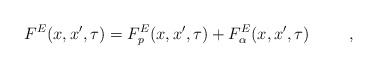
\begin{align*}F^E (x, x^{\prime}, \tau) = F_p^E(x, x^{\prime}, \tau)+ F_{\alpha}^E (x,x^{\prime}, \tau) \hspace{1cm},\end{align*}